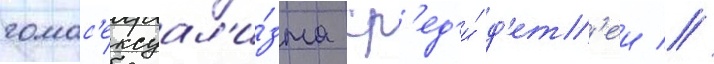
гомос'ексуал'и́зма ср'ед'и́ д'ет'еи //